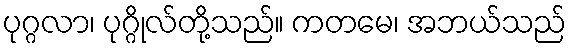
ပုဂ္ဂလာ၊ ပုဂ္ဂိုလ်တို့သည်။ ကတမေ၊ အဘယ်သည်